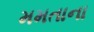
મમતાના